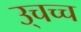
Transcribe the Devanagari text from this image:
उ्चच्च